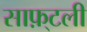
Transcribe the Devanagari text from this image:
साफ़्टली